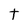
Character: t